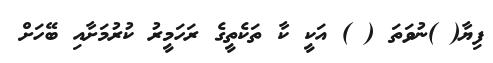
ފިޔާ( )ނުވަތަ ( ) އަކީ ކާ ތަކެތީގެ ރަހަމީރު ކުރުމަށާއި ބޭހަށް